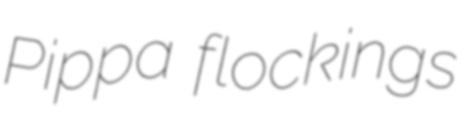
Pippa flockings